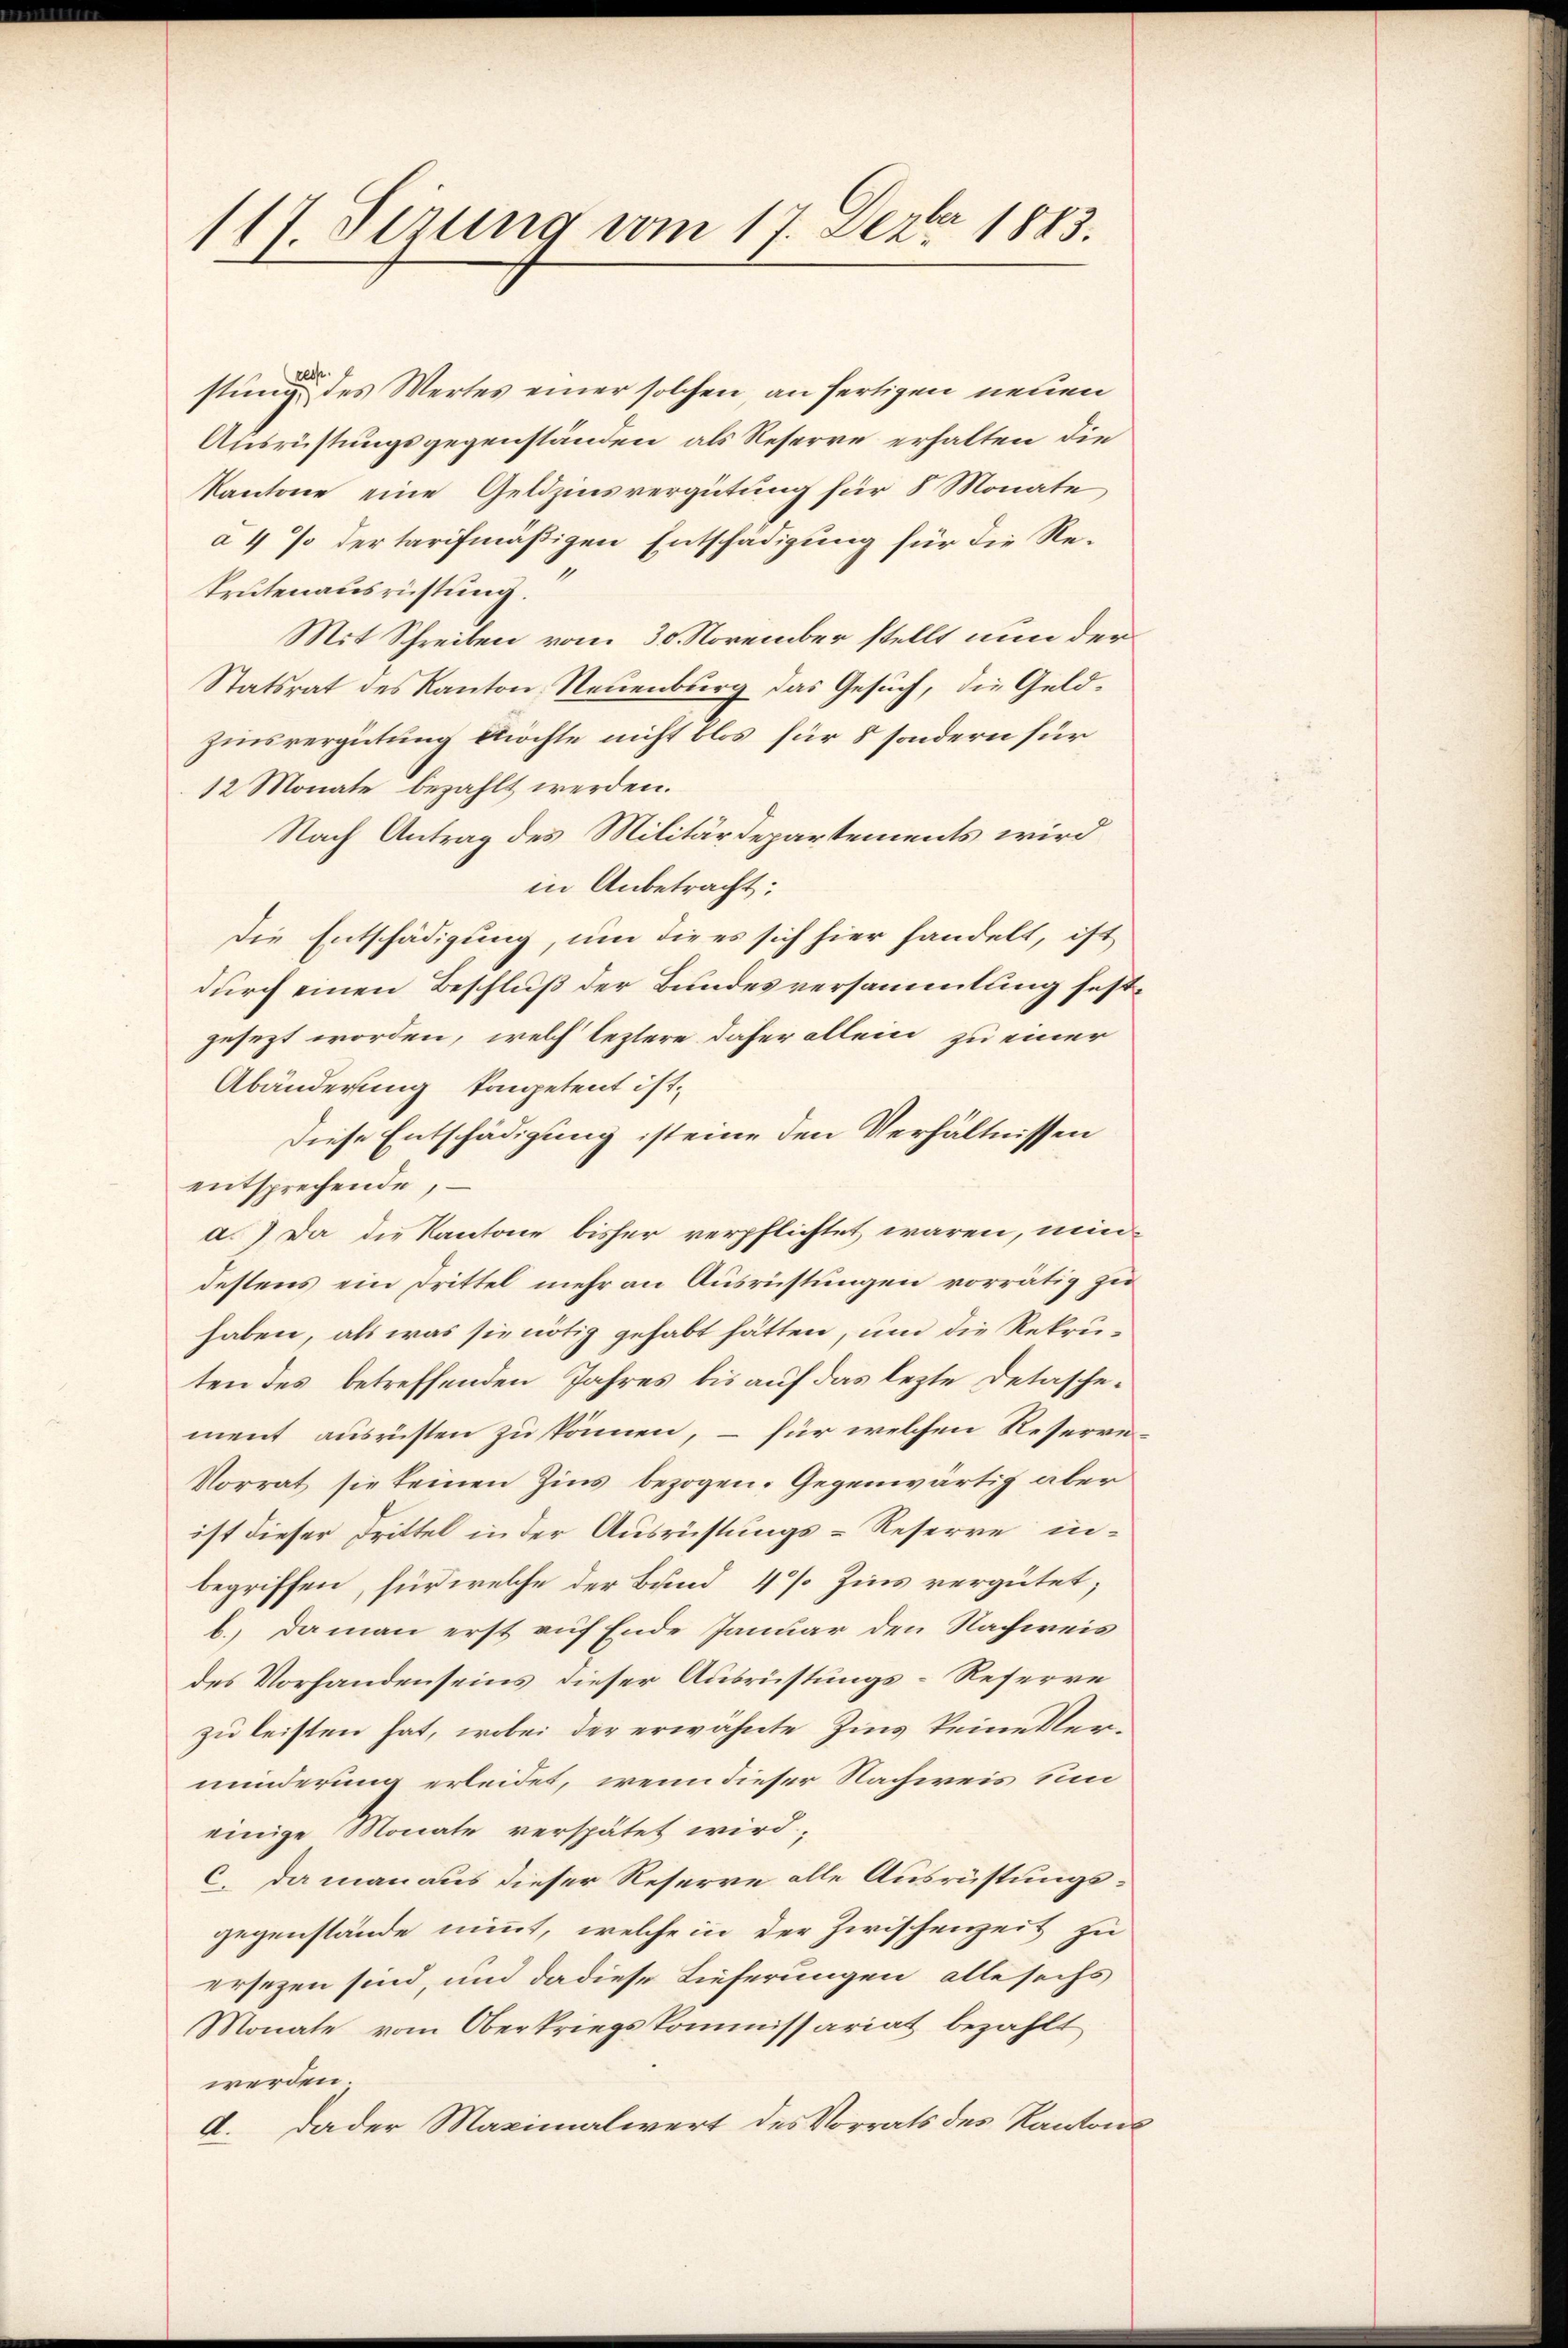
117. Sizung vom 17. Dezbr 1883.

resp.
stung des Wertes einer solchen an fertigen neuen
Ausrüstungsgegenständen als Reserve erhalten die
Kantone eine Geldzinsvergütung für 8 Monate
a 4 % der tarifmäßigen Entschädigung für die Rekrutenausrüstung.
Mit Schreiben vom 30. November stellt nun der
Statsrat des Kanton Neuenburg das Gesuch, die Geldzinsvergütung möchte nicht blos für 5 sondern für
12 Monate bezahlt werden.
Nach Antrag des Militärdepartements wird
in Anbetracht:
Die Entschädigung, um die es sich hier handelt, ist
durch einen Beschluß der Bundesversammlung festgesezt worden, welch leztere daher allein zu einer
Abänderung kompetent ist,
Diese Entschädigung ist eine den Verhältnissen
entsprechende,
a.) Da die Kantone bisher verpflichtet waren, müddestens ein Drittel mehr an Ausrichtungen vorrätig zu
haben, als was sie nötig gehabt hätten, um die Rekruten des betreffenden Jahres bis auf das lezte Detaschement ausrüsten zu können, – für welchen Reserve¬
Norrat sie keinen Zins bezogen. Gegenwärtig aber
ist dieser Drittel in der Ausrüstungs-Reserre inbegriffen, für welche der Bund 4% Zins vergütet;
1.) Daman erst auf Ende Januar den Nachweis
des Vorhandenseins dieser Ausrüstungs-Reserre
zu leisten hat, wobei der erwähnte Zins keine Verminderung erleidet, wenn dieser Nachweis un
einige Monate verspätet wird;
c. da man aus dieser Reserve alle Ausrüstungsgegenstände nimmt, welche in der Zwischenzeit zu
ersezen sind, und da diese Lieferungen alle sechs
Monate vom Oberkriegskommissariat bezahlt
werden.
d. Dader Maximalwert des Vorrats des Kantons